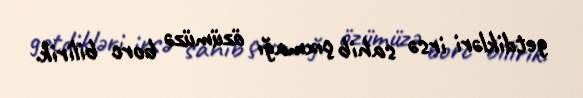
getdikləri irsə sahib çıxmağı özümüzə borc bilirik.